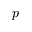
p